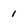
Character: 1